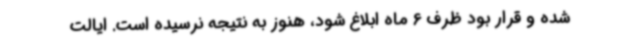
شده و قرار بود ظرف 6 ماه ابلاغ شود، هنوز به نتیجه نرسیده است. ایالت